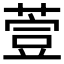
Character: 𦷳